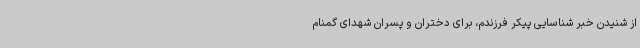
از شنیدن خبر شناسایی پیکر فرزندم، برای دختران و پسران شهدای گمنام